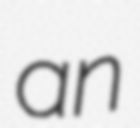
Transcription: an